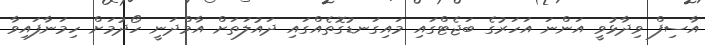
އާސިފް ވިދާޅުވީ އަންނަ އަހަރުގެ ބަޖެޓްގައި މައިގަނޑުގޮތެއްގައި ދައުލަތަށް އާމްދަނީ ހޯދުމަށް ހިމަނާފައިވާ